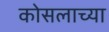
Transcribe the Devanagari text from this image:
कोसलाच्या